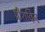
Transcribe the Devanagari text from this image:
प्रीशविन